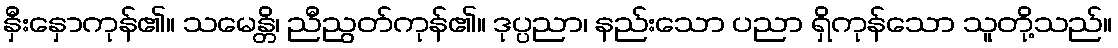
နှီးနှောကုန်၏။ သမေန္တိ၊ ညီညွတ်ကုန်၏။ ဒုပ္ပညာ၊ နည်းသော ပညာ ရှိကုန်သော သူတို့သည်။